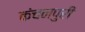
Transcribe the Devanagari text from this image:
कंचनपुरी